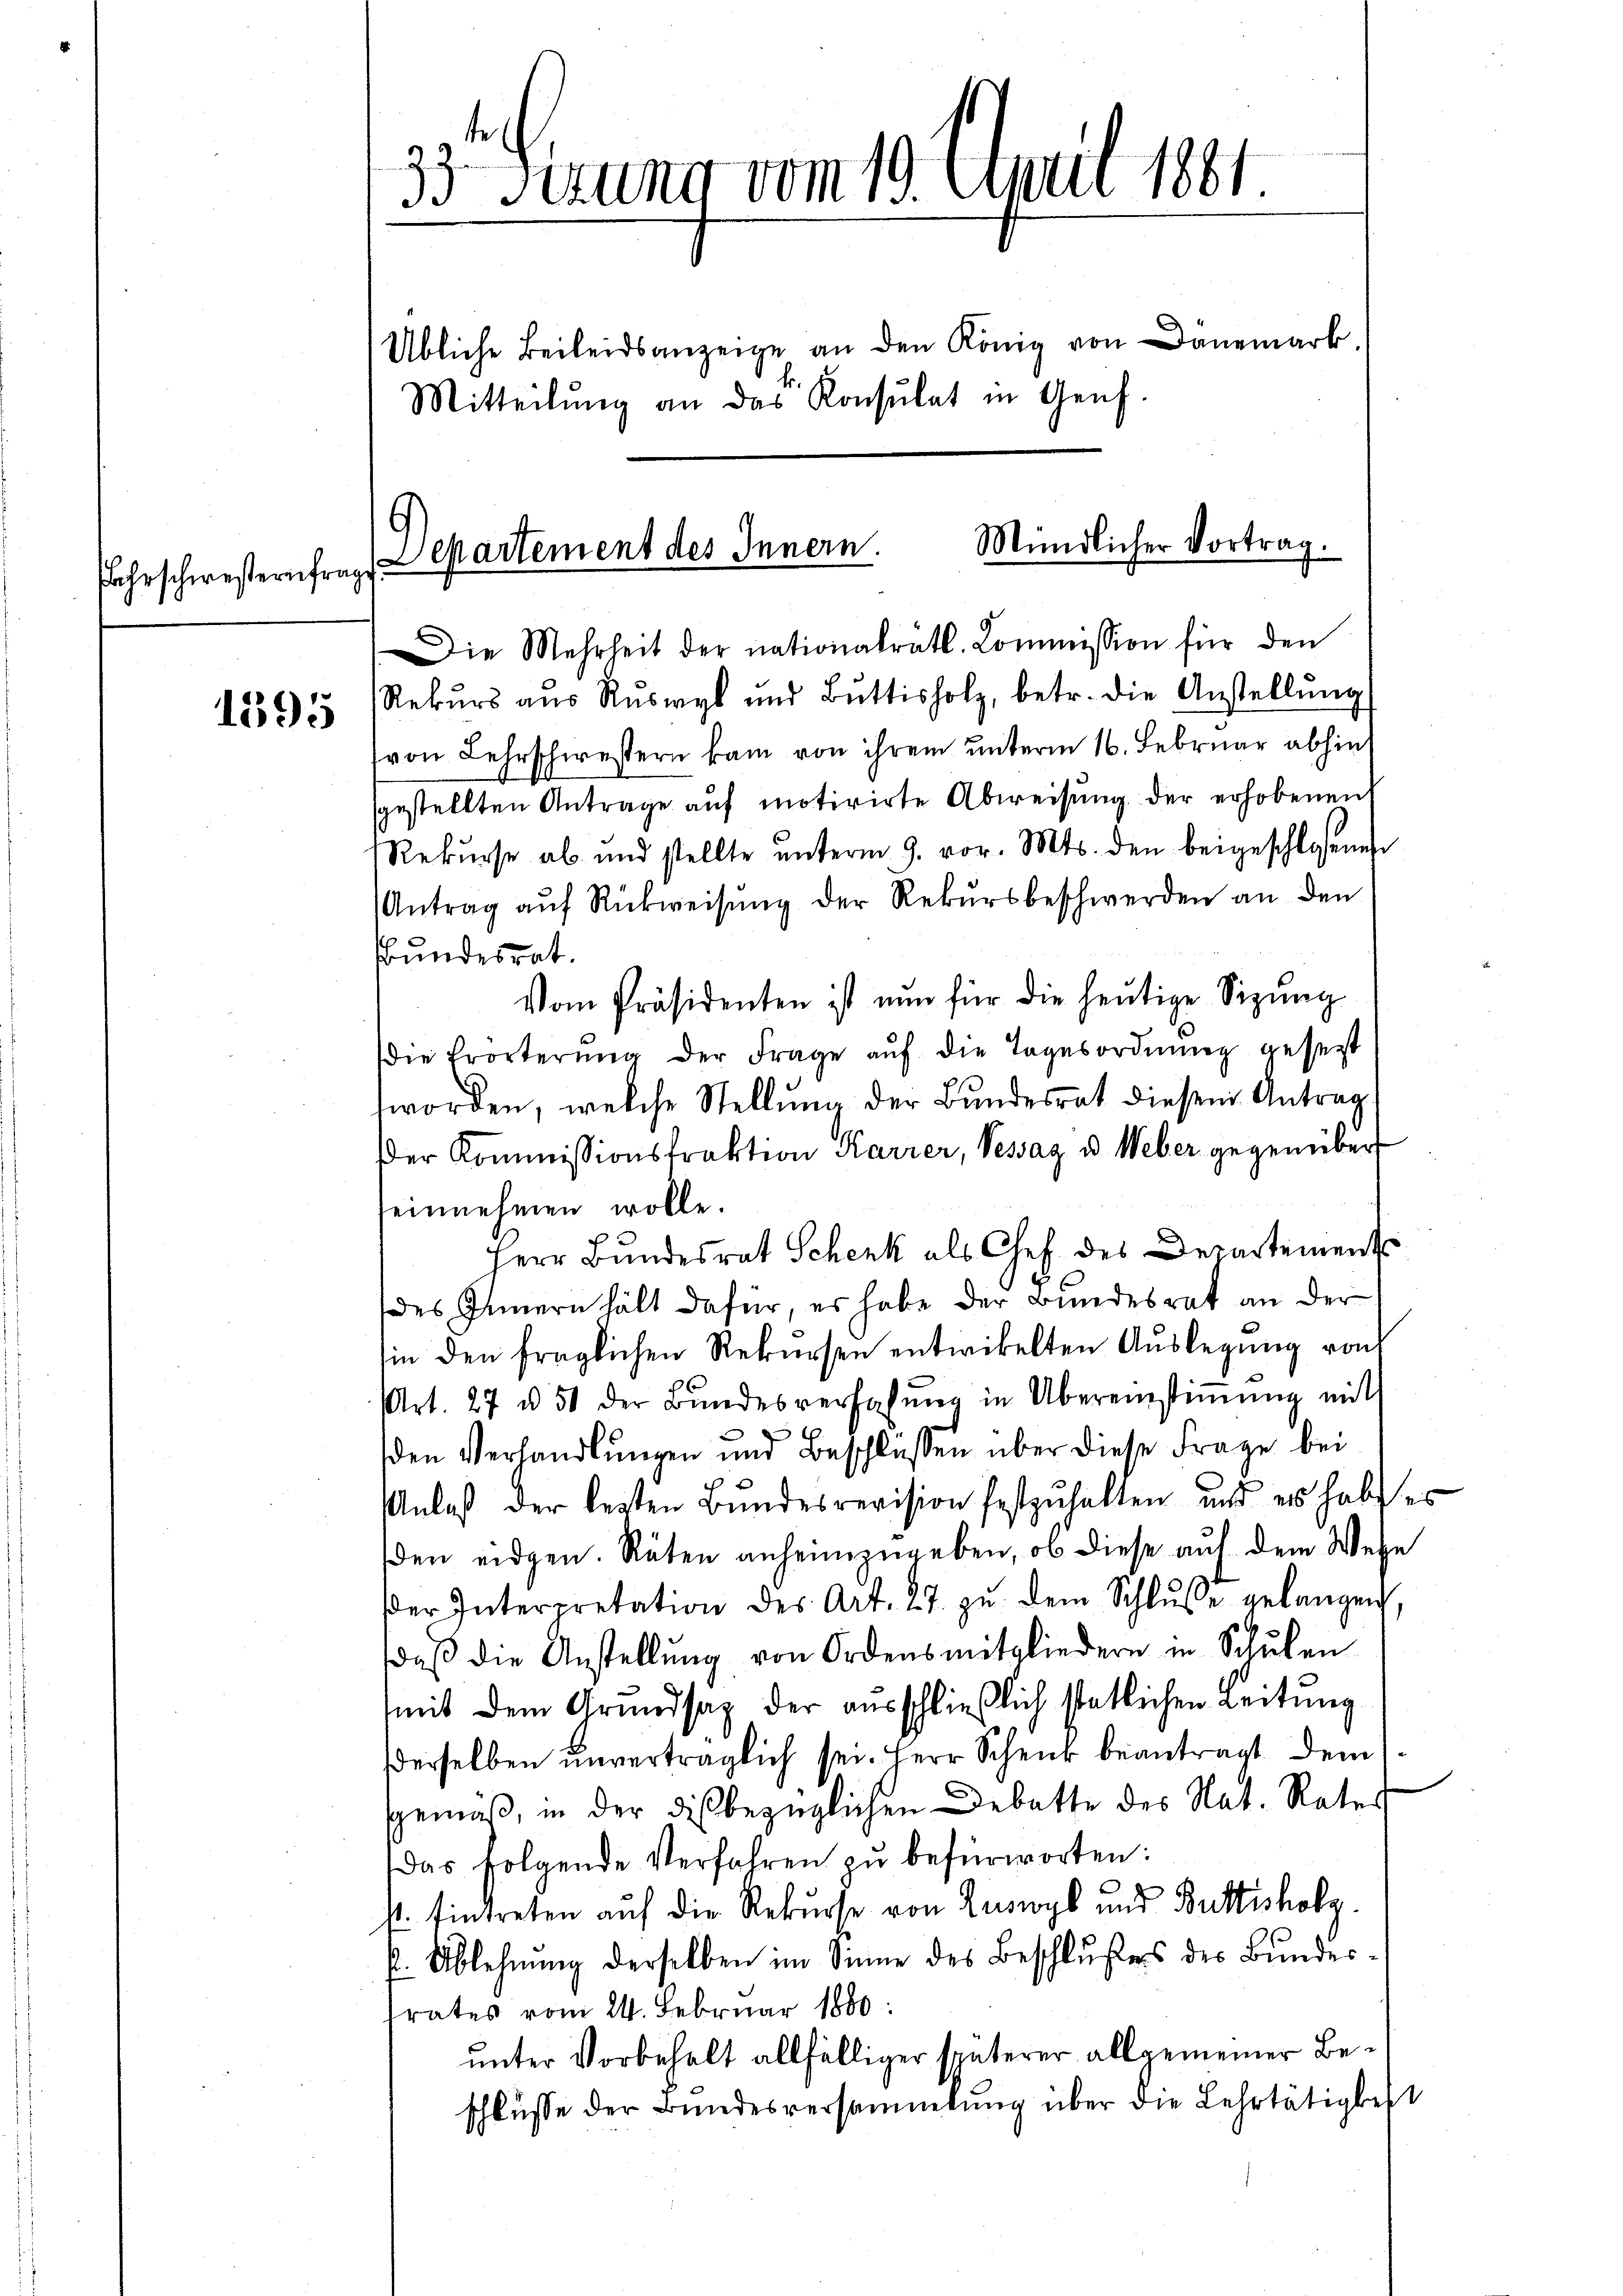
Fahrschwesternfragt:

1395

e
33. Sizung vom 19. April 1881.
Übliche Beileidsanzeige an den König von Danemark
Mitteilŭng an das Konsulat in Genf.

Mündlicher Vortrag.
Departement des Innern.

Die Mehrheit der nationalrat. Commission für den
Rekŭrs aus Ruswyl und Bŭttisholz, betr. die Anstellŭng
(von Lehrschwestern kam von ihrem unterm 16. Februar abhin
sgestellten Antrage aŭf motivirte Abweisŭng der erhobenen
Rekŭrse ab und stellte ŭnterm 9. vor. Mts. den beigeschlossenen
Antrag aŭf Rückweisŭng der Rekŭrsbeschwerden an den
Bundesrat.
Vom Präsidenten ist nun für die heŭtige Sitzŭng
die Erörterŭng der Frage aŭf die Tagesordnŭng gesetzt
worden, welche Stellŭng der Bundesrat diesem Antrag
Der Kommissionsfraktion Karrer, Vessaz u. Weber gegenüber
seinnehmen wolle.
Herr Bŭndesrat Schenk als Chef des Departement
(des Innern hält dafür, es habe der Bundesrat an der
sin den fraglichen Rekŭrsen entwickelten Aŭslegung von
Art. 27 u. 51 der Bŭndesverhöhŭng in Übereinstiṁŭng mit
den Verhandlungen und Beschlüssen über diese Frage bei
Anlaß der lezten Bŭndesrevision festzŭhalten, und es habe es
den eidgen. Räten anheimzugeben, ob diese auf dem Wese
der Interpretation des Art. 27. zŭ dem Schlŭsse gelangen
daβ die Anstellŭng von Ordensmitgliedern in Schŭlen
mit dem Armodsaz der ausschließlich statlichen Leitung
derselben unverträglich sei. Herr Schenk beantragt dem 1.
gemäß, in der dis bezüglichen Debatte des Nat. Rates
Das folgende Verfahren zŭ befürworten:
st. Eintreten auf die Rekurse von Zuswyl und Buttisholz
k. Ablehnŭng derselben im Sinne des Beschlußes des Bundestrates vom 24. Februar 1880:
unter Vorbehalt allfälliger späterer allgemeiner Beschlüsse der Bundesversammlung über die Lehrtätigkeit